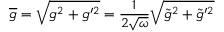
\overline { { { g } } } = \sqrt { g ^ { 2 } + g ^ { \prime 2 } } = \frac { 1 } { 2 \sqrt { \omega } } \sqrt { \tilde { g } ^ { 2 } + \tilde { g } ^ { \prime 2 } }